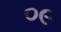
૦૯